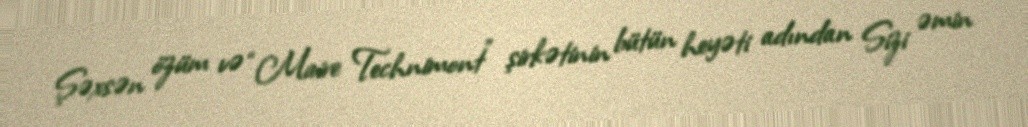
Şəxsən özüm və “Maire Technimont” şirkətinin bütün heyəti adından Sizi əmin